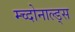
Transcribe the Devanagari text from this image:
म्च्दोनाल्ड्स